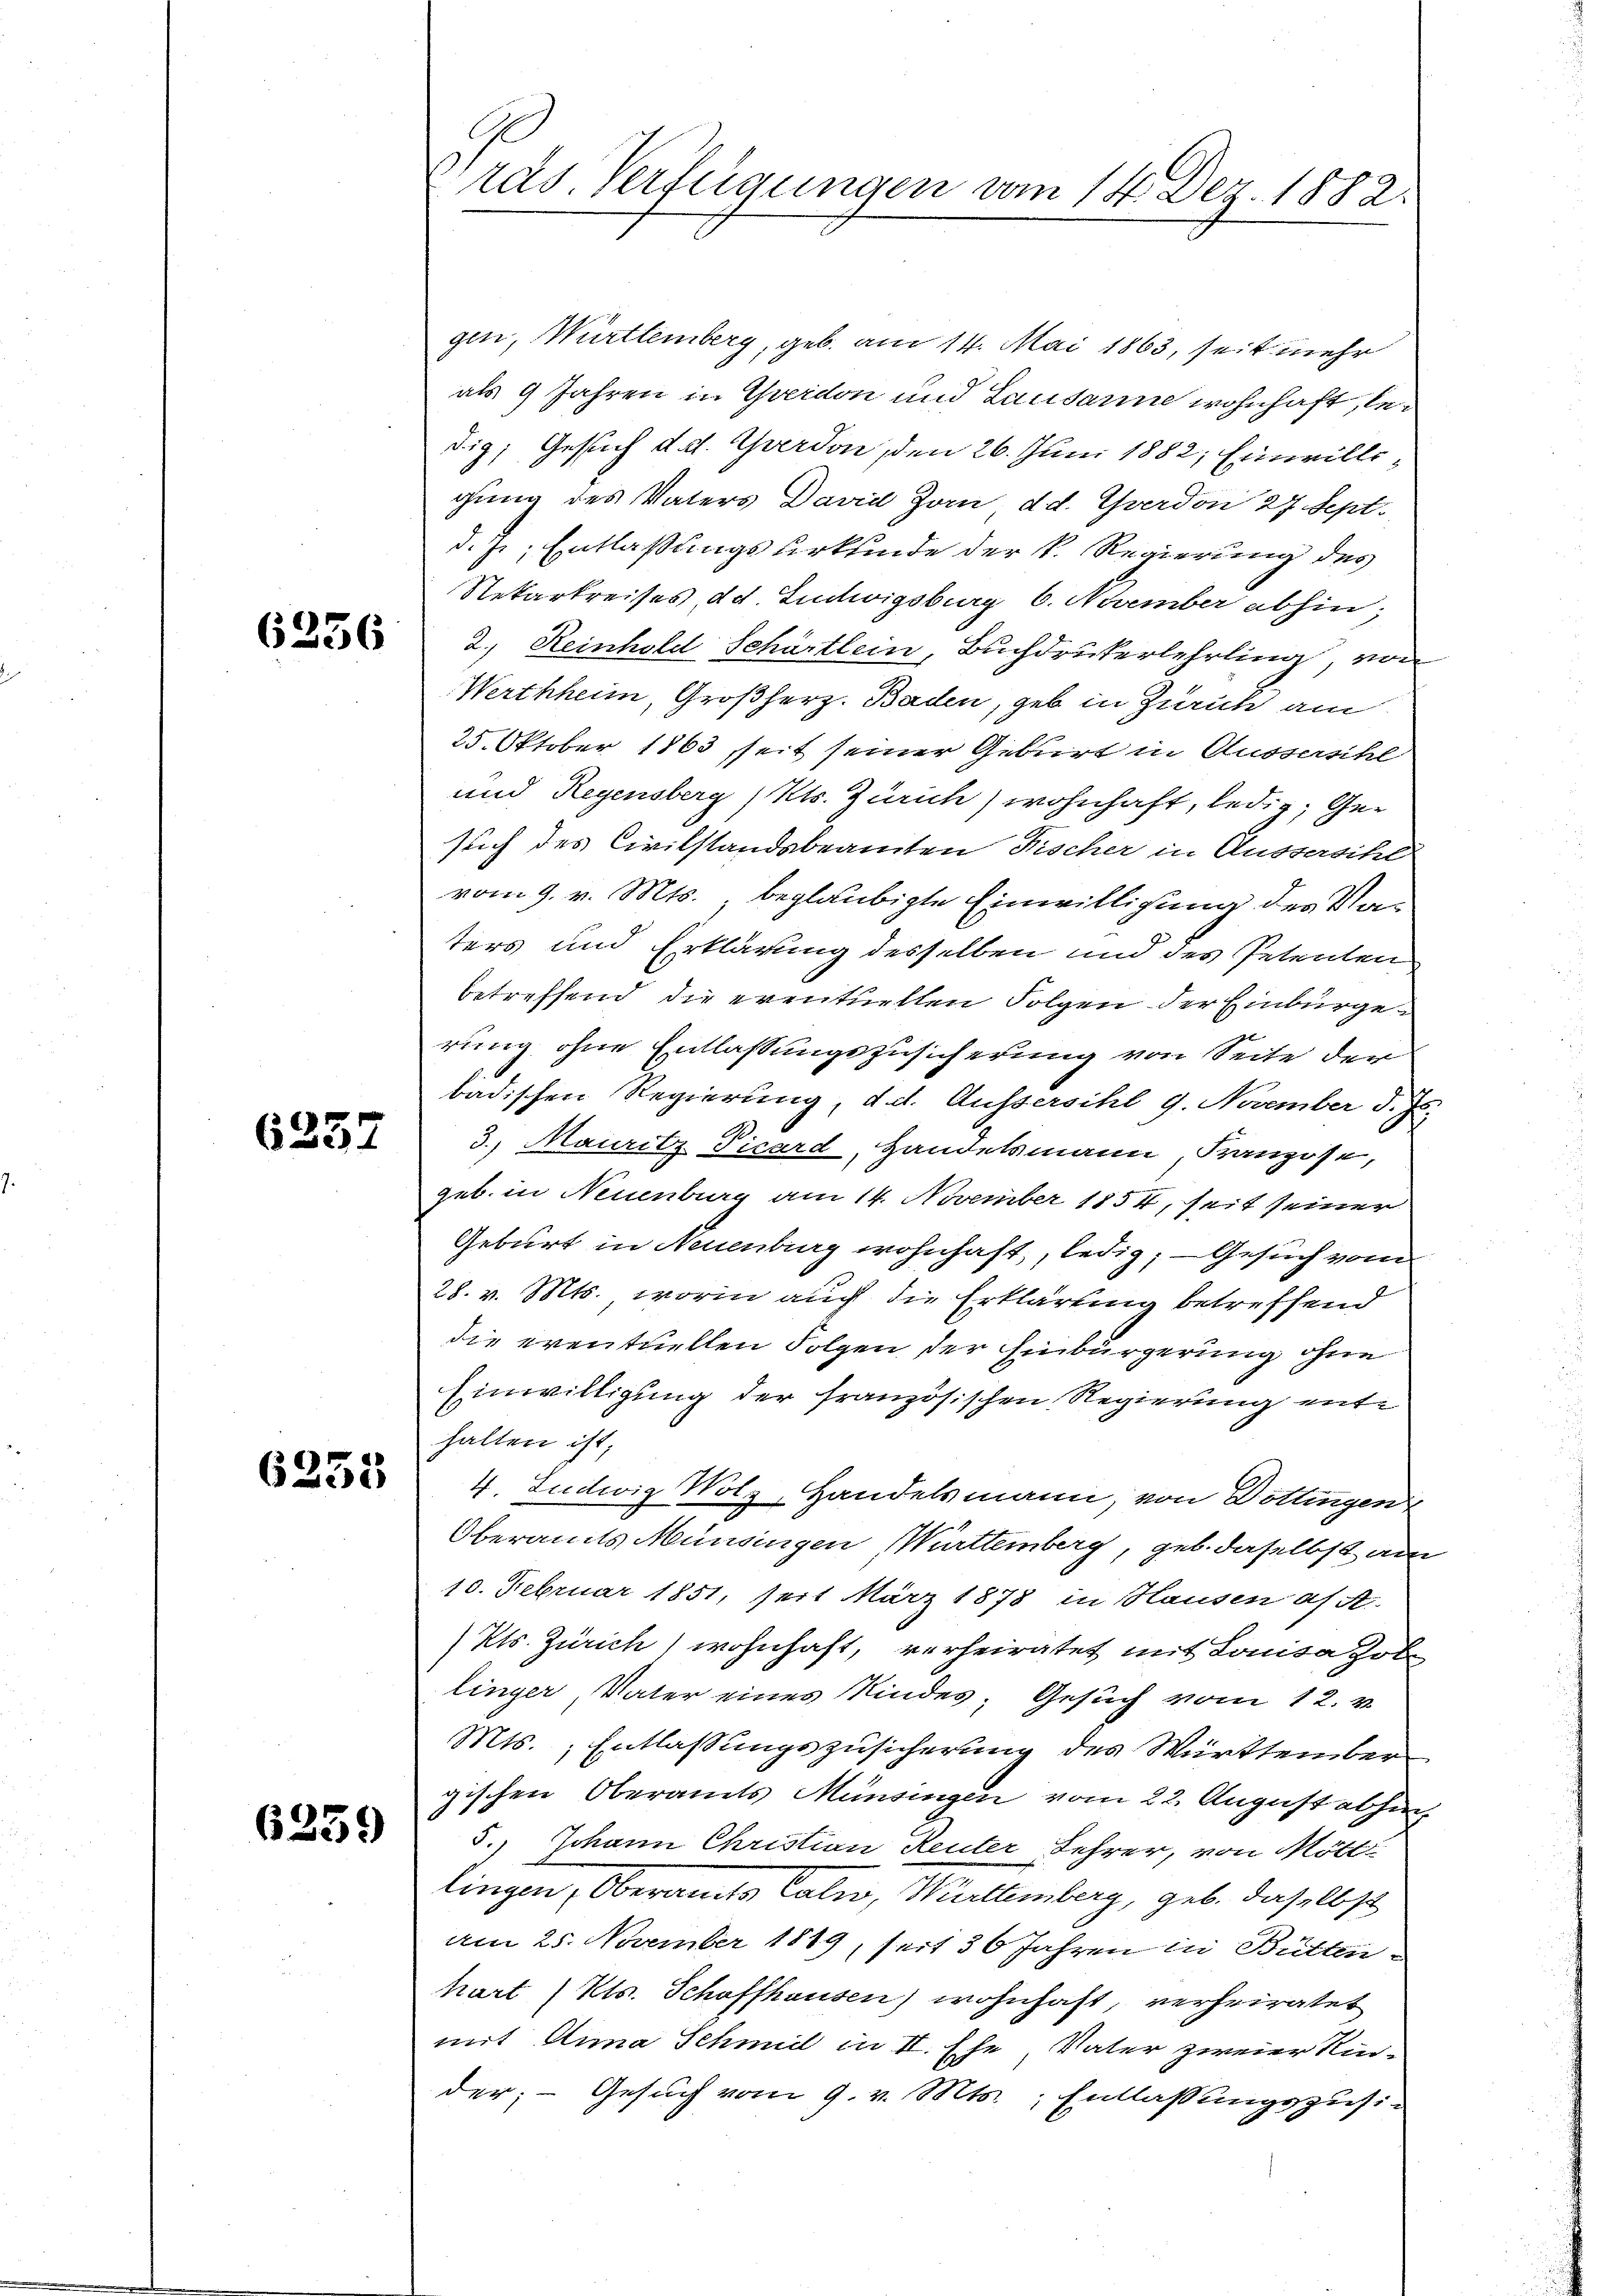
6356

6237

6235

6239

6

räs. Verfügungen vom 14. Dez. 1882.

gen, Württemberg, geb. am 14. Mai 1863, seit mehr
als 9 Jahren in Yverdon und Lausanne wohnhaft, ledi; Gesuch d. d. Yverdon, den 26. Juni 1882; Einwilligung des Vaters David Zom d.d. Yverdon 27 Sept.
d. J., Entlaßungsurkfinde der k. Regierung des
Rekarkreises d.d. Ludwigsburg 6. November abhin;
2.) Reinhold Schärtlein, Buchdrukerlehrling, von
Werthheim, Großherz. Baden, geb in Zürich am
25. Oktober 1863 seit seiner Geburt in Aussersihl
und Regensberg / Kts. Zürich) wohnhaft, ledig, Gesuch des Civilstandsbeamten Fischer in Aussesitz
vom 9. v. Mts., beglaubigte Einwilligung der Na
ters und Erklärung desselben und des Petenten
betreffend die eventuellen Folgen der Einbürgerung ohne Entlassungszusicherung von Seite der
badischen Regierung, d. d. Aussersihl 9. November d. Js.
3., Mauritz Picard, Handelsmann, Kranzose,
geb. in Neuenburg am 14. November 1854, seit seiner
Geburt in Neuenburg wohnhaft, ledig; - Gesuch von
28. v. Mts., worin auch die Erklärung betreffend
die eventuellen Folgen, der Einbürgerung ohne
Einwilligung der französischen Regierung enthalten ist,
4. Ludwig Wolz, Handelsmann, von Döttingen
Oberamts Münsingen Württemberg, geb. daselbst am
10. Februar 1851, seit März 1878 in Hausen af A
Kts. Zürich wohnhaft, verheiratet mit Loisa Zobe
linger, Vater eines Kindes; Gesuch vom 12. v.
Mts., Entlassungszusicherung des Württember
gischen Oberamts Münsingen vom 22. August abzuh
5.) Johann Christian Reuter Lehrer, von Möll
lingen, Oberamts Caln, Württemberg, geb. daselbst
am 25. November 1819, seit 36 Jahren in Bütten
hart (Kts. Schaffhausen) wohnhaft, verheiratet
mit Anna Schmid in II. Ehe Vater zweier Kin-
der; - Gesuch vom 9. v. Mts., Entlassungszusi¬